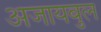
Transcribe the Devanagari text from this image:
अजायबुल